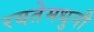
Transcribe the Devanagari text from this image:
रयतेमधुनी